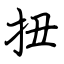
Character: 扭